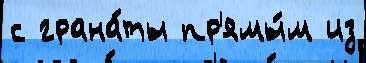
с грана́ты пр'ямы́м из